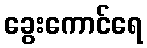
ခွေးကောင်ရေ